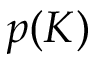
p ( K )